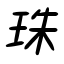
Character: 珠